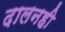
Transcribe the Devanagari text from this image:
दालनही